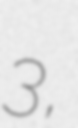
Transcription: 3,